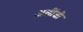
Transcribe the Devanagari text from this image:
अलींशी